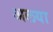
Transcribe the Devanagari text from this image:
अलया